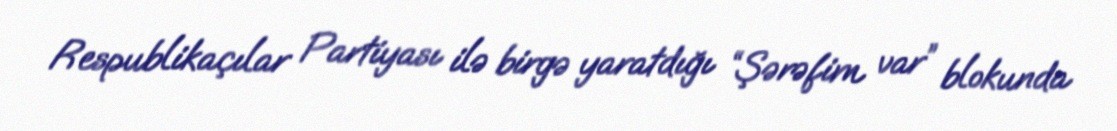
Respublikaçılar Partiyası ilə birgə yaratdığı “Şərəfim var” blokunda